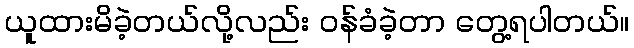
ယူထားမိခဲ့တယ်လို့လည်း ဝန်ခံခဲ့တာ တွေ့ရပါတယ်။